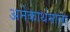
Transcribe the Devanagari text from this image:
अनेकार्थमाला